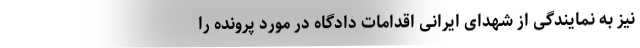
نیز به نمایندگی از شهدای ایرانی اقدامات دادگاه در مورد پرونده را